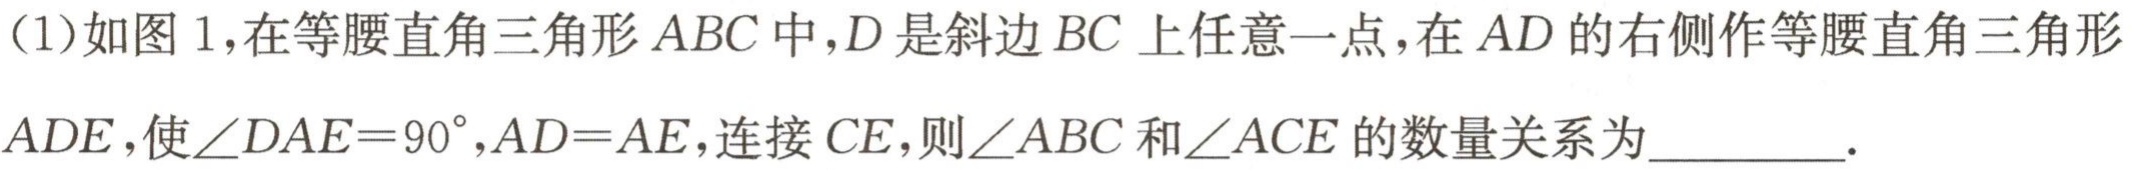
(1)如图1,在等腰直角三角形$ABC$中,$D$是斜边$BC$上任意一点,在$AD$的右侧作等腰直角三角形$ADE$,使$\angle DAE = 90^{\circ},AD = AE$,连接$CE$,则$\angle ABC$和$\angle ACE$的数量关系为________.